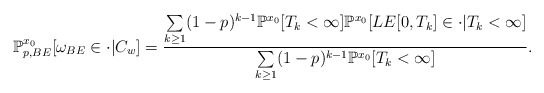
\begin{align*}\mathbb{P}^{x_0}_{p,BE}[\omega_{BE}\in\cdot|C_w]=\frac{\sum\limits_{k\geq 1}(1-p)^{k-1}\mathbb{P}^{x_0}[T_k<\infty]\mathbb{P}^{x_0}[LE[0,T_k]\in\cdot|T_k<\infty]}{{\sum\limits_{k\geq 1}(1-p)^{k-1}\mathbb{P}^{x_0}[T_k<\infty]}}.\end{align*}